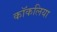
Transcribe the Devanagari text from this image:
कॉकलिया